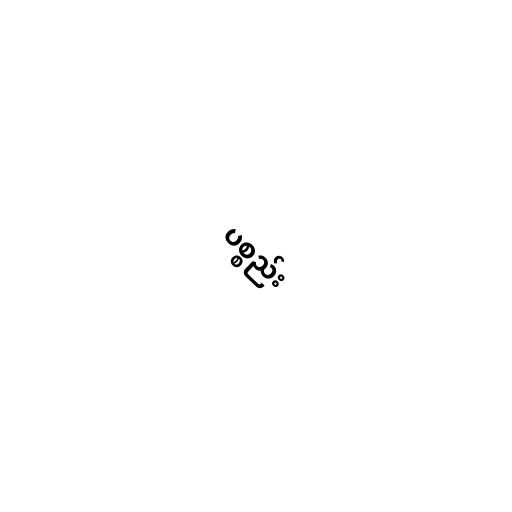
ပစ္စည်း